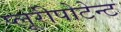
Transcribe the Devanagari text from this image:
प्लूरीपोटेन्ट